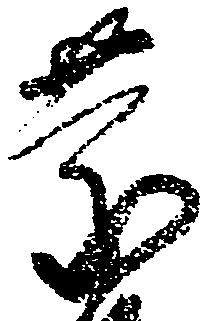
慶